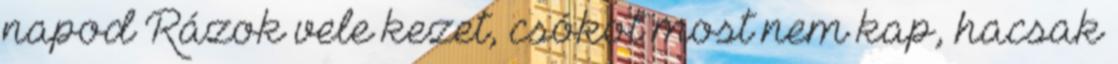
napod Rázok vele kezet, csókot most nem kap, hacsak